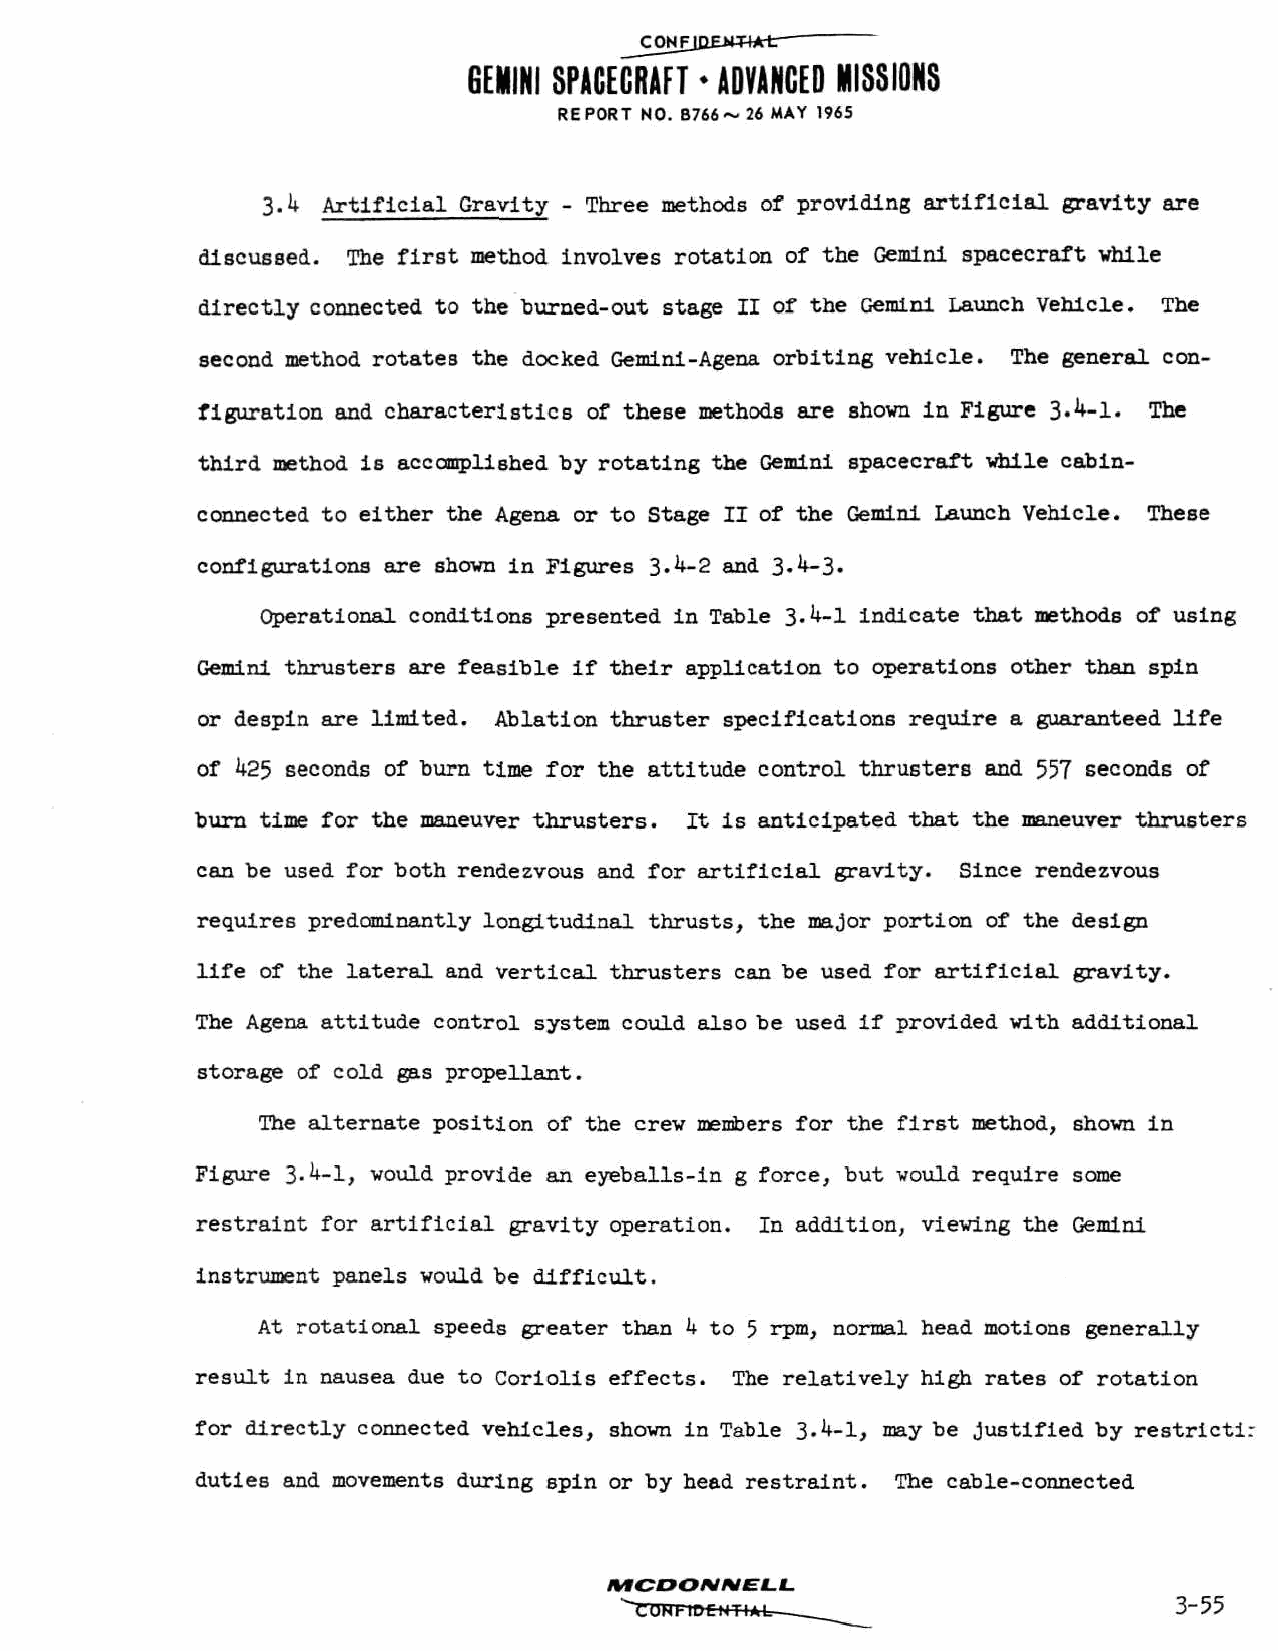
C0NFJJ2EJW*t
 GEMINI SPACECRAFT * ADVANCED MISSIONS
 REPORT NO. B766~ 26 MAY 1965
 3.4 Artificial Gravity - Three methods of providing artificial gravity are
 discussed. The first method involves rotation of the Gemini spacecraft while
 directly connected to the burned-out stage II of the Gemini Launch Vehicle. The
 second method rotates the docked Gemini-Agena orbiting vehicle. The general con
 figuration and characteristics of these methods are shown in Figure 3.4-1. The
 third method is accomplished by rotating the Gemini spacecraft while cabin-
 connected to either the Agena or to Stage II of the Gemini Launch Vehicle. These
 configurations are shown in Figures 3-4-2 and 3-4-3-
 Operational conditions presented in Table 3-4-1 indicate that methods of using
 Gemini thrusters are feasible if their application to operations other than spin
 or despin are limited. Ablation thruster specifications require a guaranteed life
 of 425 seconds of burn time for the attitude control thrusters and 557 seconds of
 burn time for the maneuver thrusters. It is anticipated that the maneuver thrusters
 can be used for both rendezvous and for artificial gravity. Since rendezvous
 requires predominantly longitudinal thrusts, the major portion of the design
 life of the lateral and vertical thrusters can be used for artificial gravity.
 The Agena attitude control system could also be used if provided with additional
 storage of cold gas propellant.
 The alternate position of the crew members for the first method, shown in
 Figure 3-4-1, would provide an eyeballs-in g force, but would require some
 restraint for artificial gravity operation. In addition, viewing the Gemini
 instrument panels would be difficult.
 At rotational speeds greater than 4 to 5 rpm, normal head motions generally
 result in nausea due to Coriolis effects. The relatively high rates of rotation
 for directly connected vehicles, shown in Table 3.4-1, may be justified by restrictir
 duties and movements during spin or by head restraint. The cable-connected
 MCDONNELL.